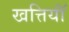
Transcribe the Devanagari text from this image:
खत्तियॉं